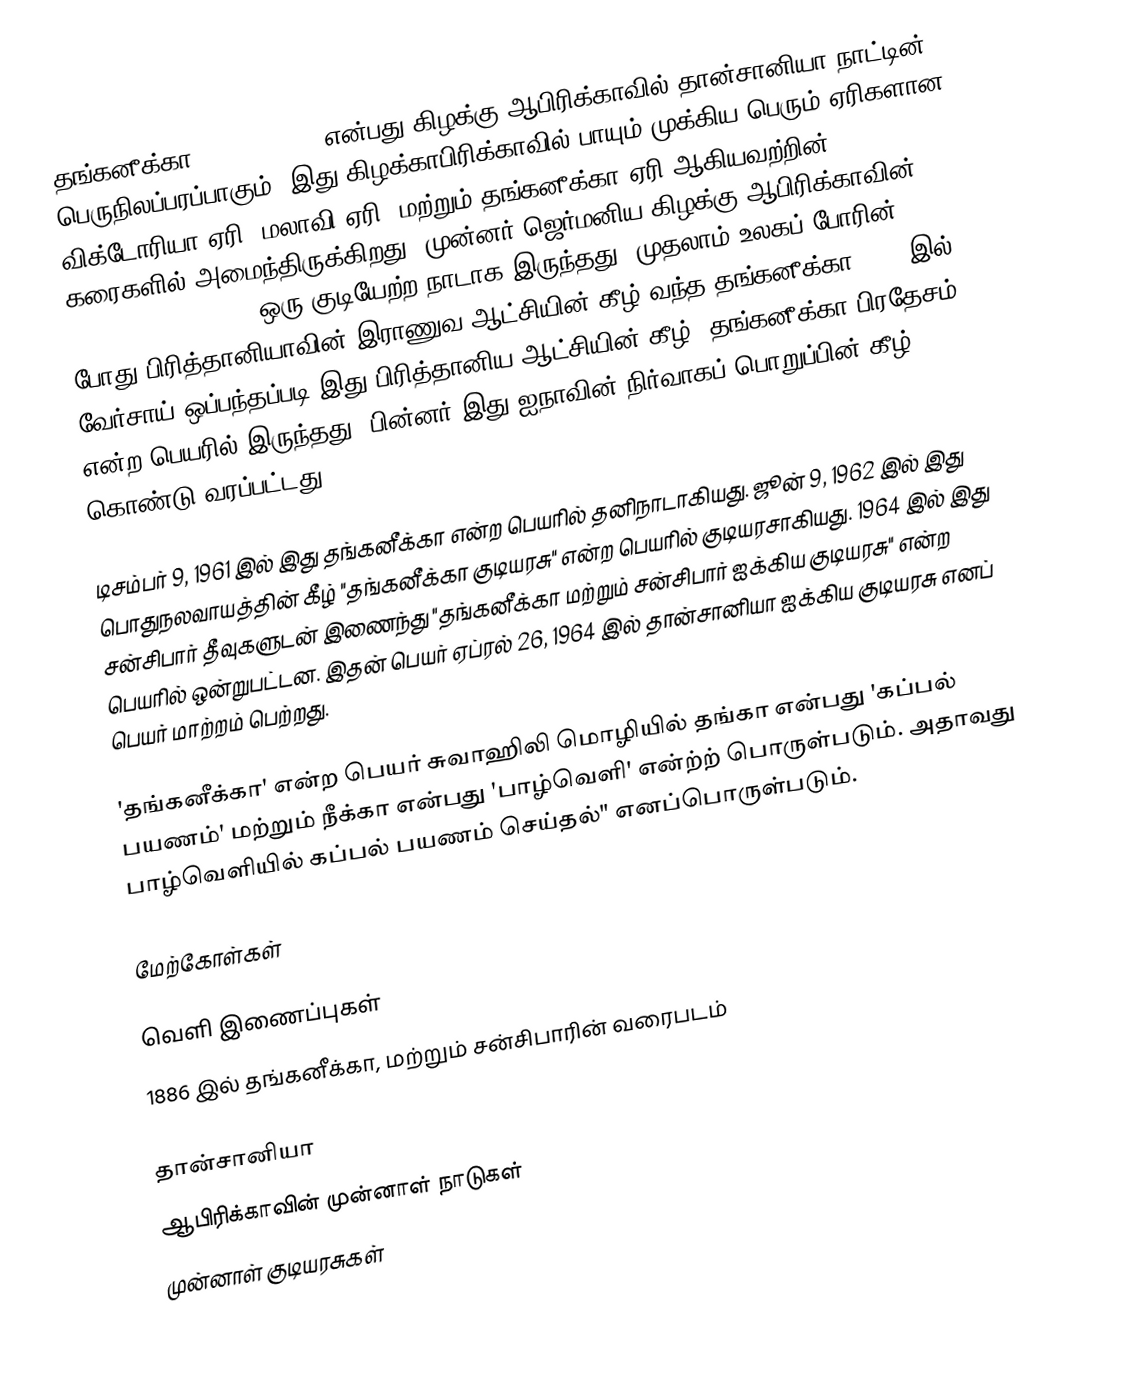
தங்கனீக்கா (Tanganyika) என்பது கிழக்கு ஆபிரிக்காவில் தான்சானியா நாட்டின் பெருநிலப்பரப்பாகும். இது கிழக்காபிரிக்காவில் பாயும் முக்கிய பெரும் ஏரிகளான விக்டோரியா ஏரி, மலாவி ஏரி, மற்றும் தங்கனீக்கா ஏரி ஆகியவற்றின் கரைகளில் அமைந்திருக்கிறது. முன்னர் ஜெர்மனிய கிழக்கு ஆபிரிக்காவின் (Deutsch-Ostafrika) ஒரு குடியேற்ற நாடாக இருந்தது. முதலாம் உலகப் போரின் போது பிரித்தானியாவின் இராணுவ ஆட்சியின் கீழ் வந்த தங்கனீக்கா 1919 இல் வேர்சாய் ஒப்பந்தப்படி இது பிரித்தானிய ஆட்சியின் கீழ் "தங்கனீக்கா பிரதேசம்" என்ற பெயரில் இருந்தது. பின்னர் இது ஐநாவின் நிர்வாகப் பொறுப்பின் கீழ் கொண்டு வரப்பட்டது.

டிசம்பர் 9, 1961 இல் இது தங்கனீக்கா என்ற பெயரில் தனிநாடாகியது. ஜூன் 9, 1962 இல் இது பொதுநலவாயத்தின் கீழ் "தங்கனீக்கா குடியரசு" என்ற பெயரில் குடியரசாகியது. 1964 இல் இது சன்சிபார் தீவுகளுடன் இணைந்து "தங்கனீக்கா மற்றும் சன்சிபார் ஐக்கிய குடியரசு" என்ற பெயரில் ஒன்றுபட்டன. இதன் பெயர் ஏப்ரல் 26, 1964 இல் தான்சானியா ஐக்கிய குடியரசு எனப் பெயர் மாற்றம் பெற்றது.

'தங்கனீக்கா' என்ற பெயர் சுவாஹிலி மொழியில் தங்கா என்பது 'கப்பல் பயணம்' மற்றும் நீக்கா என்பது 'பாழ்வெளி' என்ற்ற் பொருள்படும். அதாவது பாழ்வெளியில் கப்பல் பயணம் செய்தல்" எனப்பொருள்படும்.

மேற்கோள்கள்

வெளி இணைப்புகள்
 1886 இல் தங்கனீக்கா, மற்றும் சன்சிபாரின் வரைபடம்

தான்சானியா
ஆபிரிக்காவின் முன்னாள் நாடுகள்
முன்னாள் குடியரசுகள்